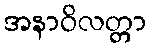
အနာဝိလတ္တာ